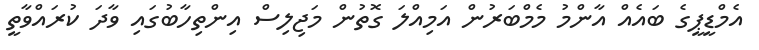
އެމްޑީޕީގެ ބައެއް އާންމު މެމްބަރުން އަމިއްލަ ގޮތުން މަޖިލިސް އިންތިހާބުގައި ވާދަ ކުރައްވާތީ